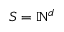
S = \mathbb { N } ^ { d }